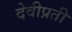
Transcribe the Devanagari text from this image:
देवीप्रती